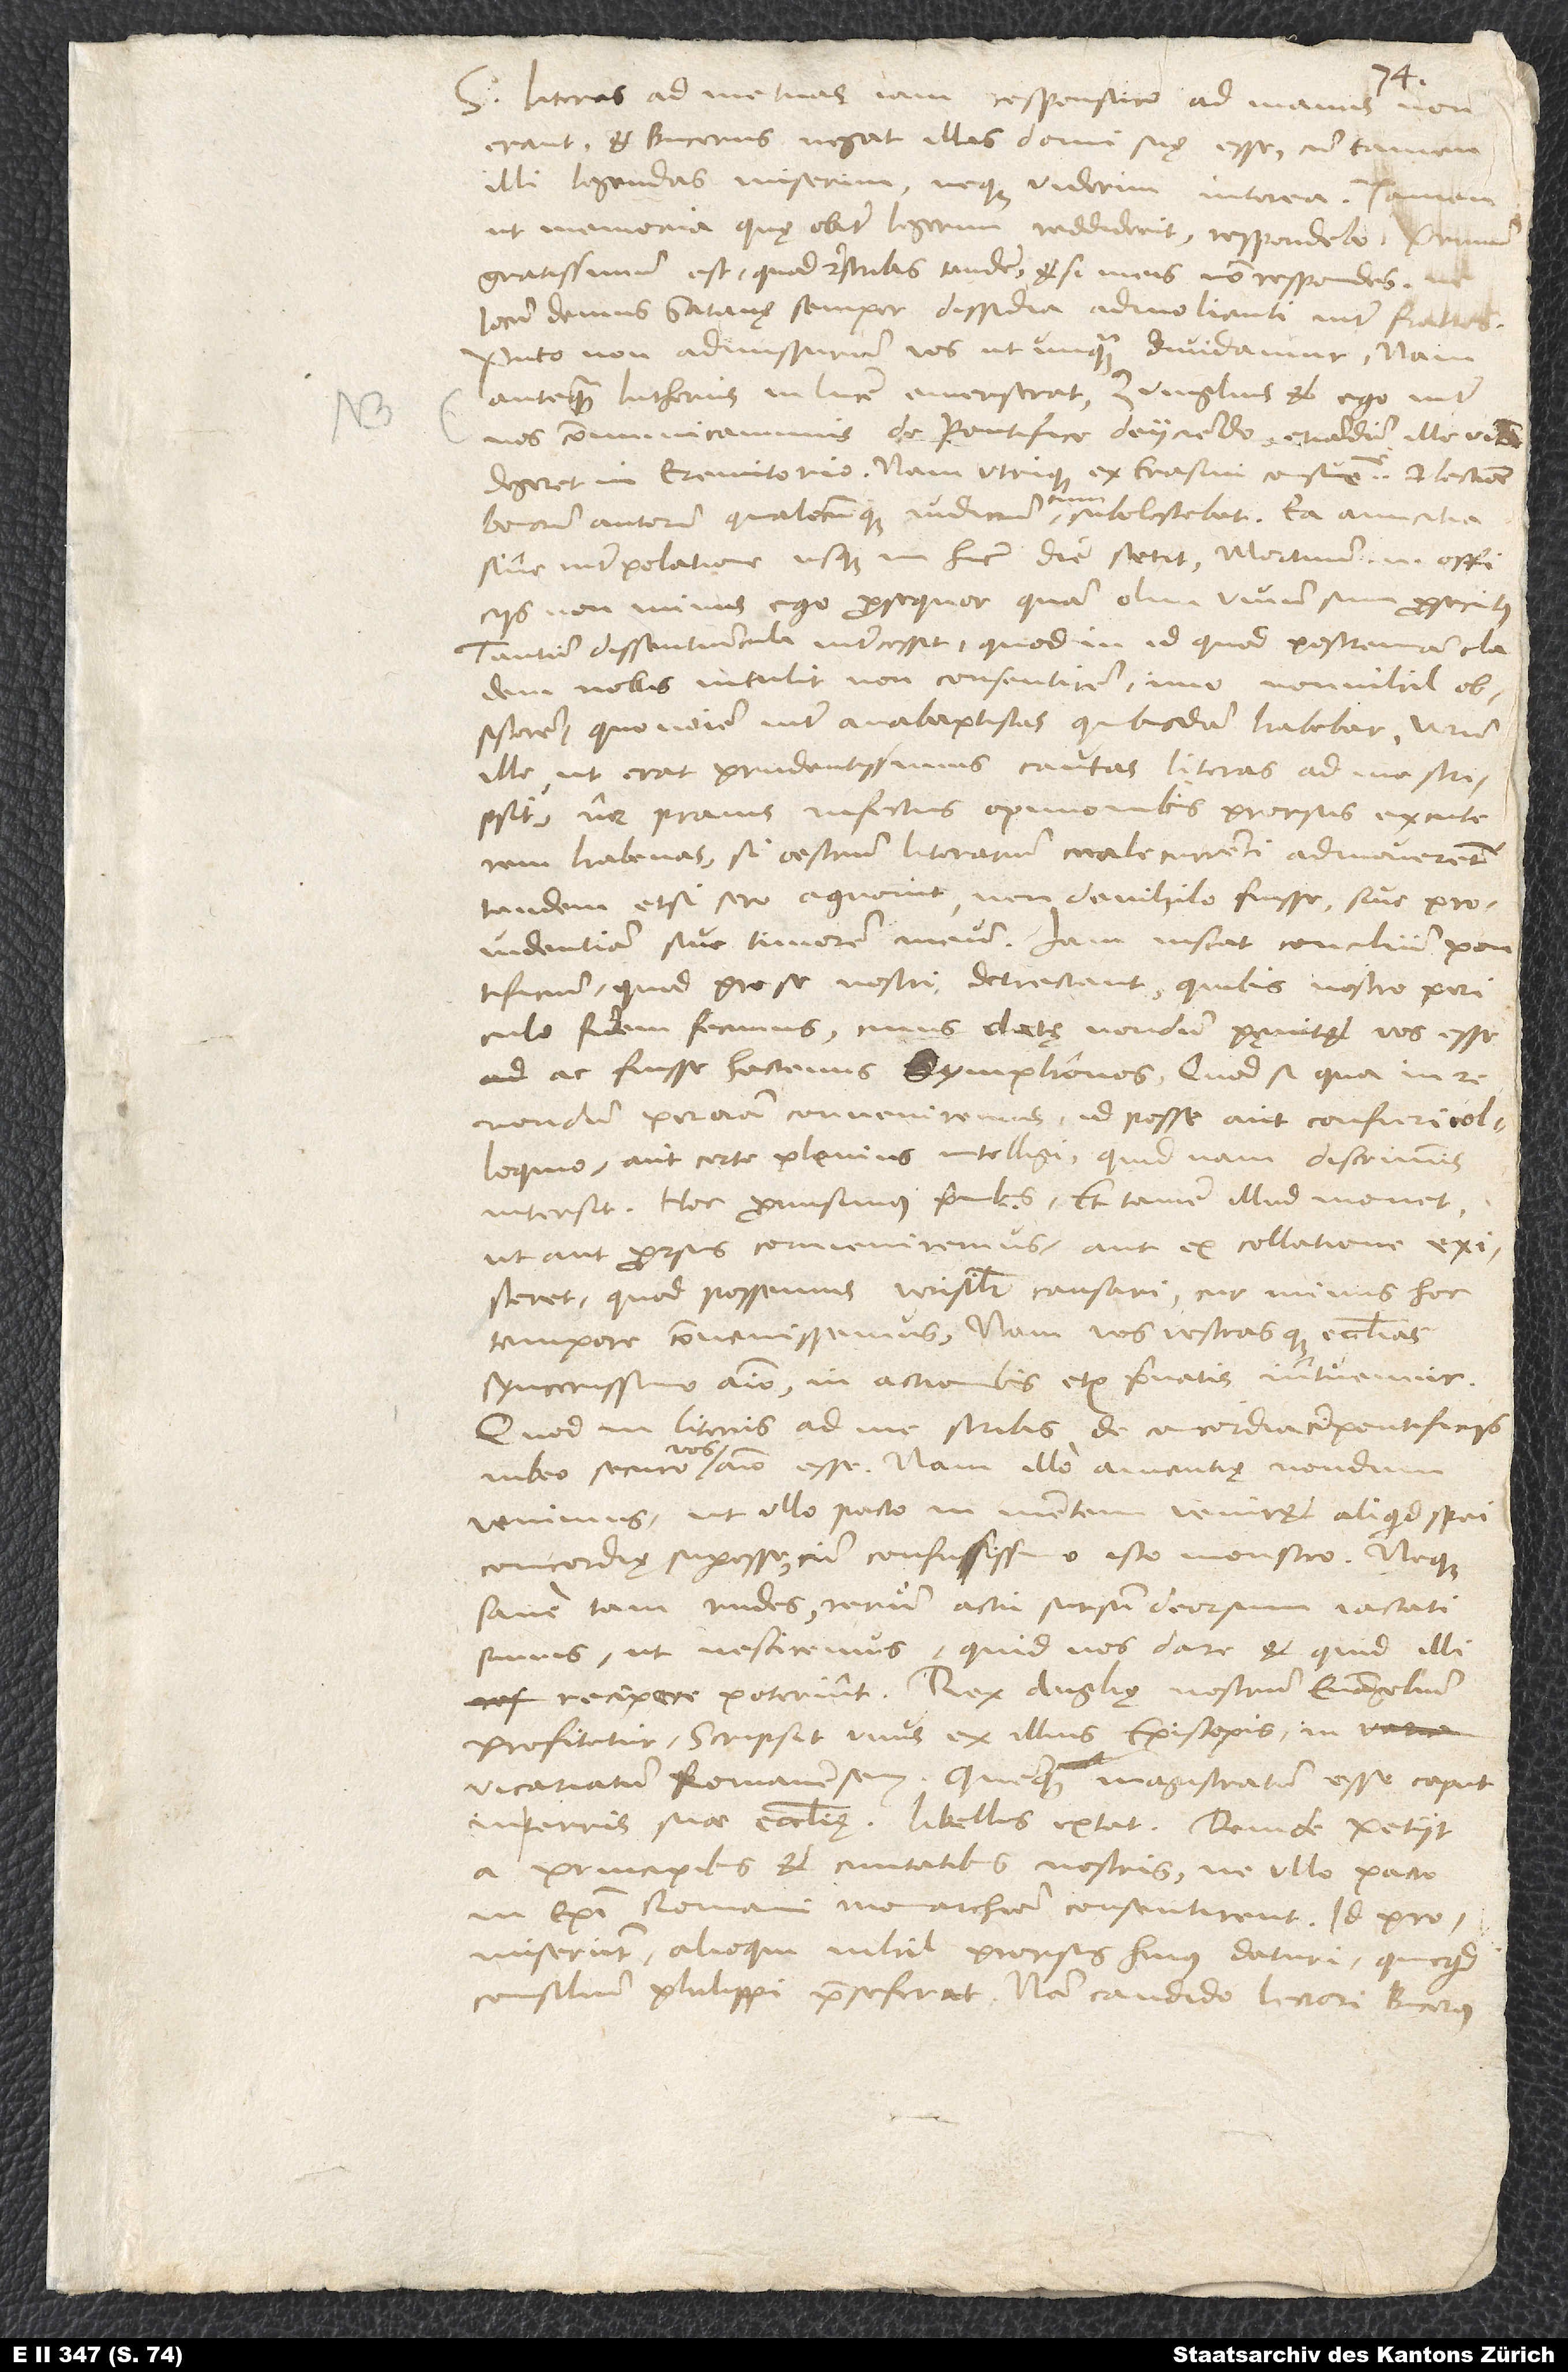
S. Literas ad me tuas iam responsuro ad manus non
erant, et Bucerus negat illas domi suę esse, cum tamen
illi legendas miserim neque viderim interea. Tamen,
ut memoria, quę obiter legerim, reddiderit, respondebo. Primum
gratissimum est, quod rescribis tandem, etsi meis non respondes. Ne
locum demus satanę semper dissidia admolienti inter fratres!
Puto non admissurum vos, ut unquam dividamur. Nam
antequam Lutherus in lucem emerserat, Zvinglius et ego inter
nos communicavimus de pontifice deiiciendo, etiamdum ille vitam
degeret in Eremitorio. Nam utrique ex Erasmi consuetudine et lectione
bonorum autorum qualecunque iudicium tum subolescebat. Ea amicitia
sine interpolatione usque in hanc diem stetit. Mortuum enim officiis
non minus ego prosequor, quam olim vivum sum prosecutus.
Tantum dissentiuncula intercessit, quod in id, quod postremam cladem
nobis intulit, non consentirem, imo nonnihil
obsisterem, quo nomine inter anabaptistas quibusdam habebar. Verum
ille, ut erat prudentissimus, cautas literas ad me scripsit,
ne pravis infectus opinionibus prorsus excuterem
habenas, si oestrum literarium male currenti admoveretur.
Tandem, etsi sero, agnovit non de nihilo fuisse sive providentiam
pontificium, quod pro se nostri detrectant, quibus nostro periculo
fidem fecimus, cuius datę nondum pęnitet, vos esse
ac fuisse hactenus symphonos. Quodsi qua in re
nondum per omnia conveniremus, id posse aut confieri
colloquio aut certe plenius intelligi, quidnam discriminis
intersit. Hoc promisimus fratribus. Et tamen illud movet,
ut aut prorsus conveniremus aut ex collatione existeret,
quod possemus verisimiliter causari, cur minus hoc
tempore convenissemus. Nam vos vestrasque ecclesias
syncerissimo animo in actionibus etiam privatis intuemur.
Quod in literis ad me scribis de concordia cum pontificiis,
iubeo securo vos animo esse. Nam illo amentię nondum
venimus, ut ullo pacto in mentem veniret aliquid spei
concordię superesse cum confusissimo isto monstro. Neque
sane tam rudes rerum actu sursum deorsum iactati
sumus, ut nesciremus, quid nos dare et quid illi
recipere poterint. Rex Angliae nostrum evangelium
profitetur. Scripsit unus ex illius episcopis in
vicariatum Romanensem quemque magistratum esse caput
in terris suae ecclesiae: libellus extat. Deinde petiit
a principibus et civitatibus nostris, ne ullo pacto
in episcopi Romani monarchiam consentirent. Id
promiserunt alioqui nihil prorsus huius daturi, quicquid
consilium Philippi prae se ferat. Nam candido lectori Bucerus